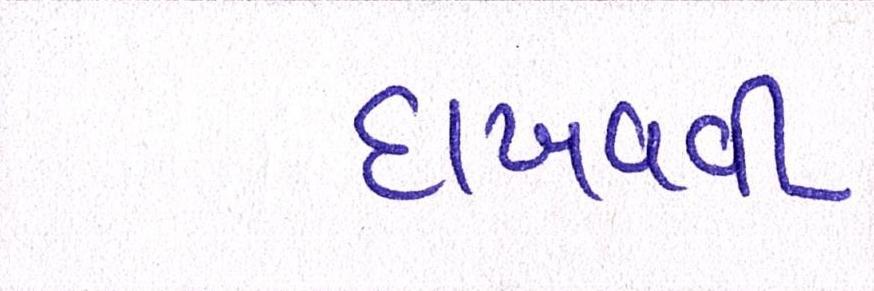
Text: દાખવવી